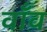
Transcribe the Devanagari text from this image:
वाँव